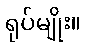
ရုပ်မျိုး။